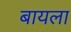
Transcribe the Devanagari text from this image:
बायला